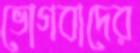
ভোগবাদের